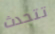
تتحدث